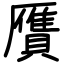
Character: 贋